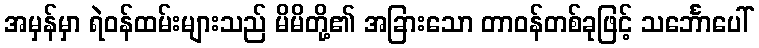
အမှန်မှာ ရဲဝန်ထမ်းများသည် မိမိတို့၏ အခြားသော တာဝန်တစ်ခုဖြင့် သင်္ဘောပေါ်